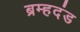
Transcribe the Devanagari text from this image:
ब्रम्हदंड